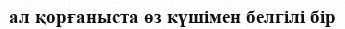
ал қорғаныста өз күшімен белгілі бір